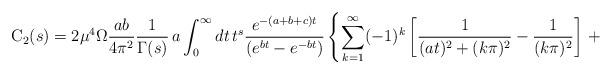
LaTeX: \begin{align*}{\rm C}_{2} (s)= 2{\mu}^4 \Omega \frac{ab}{4{\pi}^2}\frac{1}{\Gamma(s)}\,a \int_{0}^{\infty} dt\, t^{s}\frac{e^{-(a+b+c)t}} {\left(e^{bt}-e^{-bt}\right)}\left\{\sum_{k=1}^{\infty}(-1)^k\left[\frac{1}{(a t)^2+(k\pi)^2}-\frac{1}{(k\pi)^2}\right]\,+\right.\end{align*}